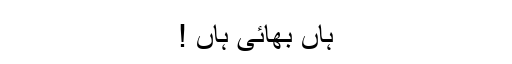
ہاں بھائی ہاں !